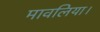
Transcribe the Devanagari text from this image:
मावलिया।